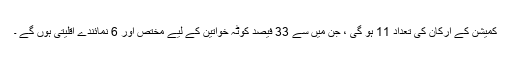
کمیشن کے ارکان کی تعداد 11 ہو گی ، جن میں سے 33 فیصد کوٹہ خواتین کے لیے مختص اور 6 نمائندے اقلیتی ہوں گے ۔